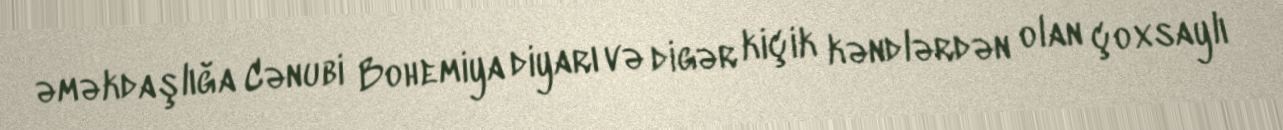
əməkdaşlığa Cənubi Bohemiya diyarı və digər kiçik kəndlərdən olan çoxsaylı